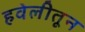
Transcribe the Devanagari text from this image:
हवेलीतून